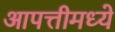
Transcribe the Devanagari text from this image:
आपत्तीमध्ये